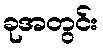
ခုအတွင်း